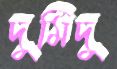
দুমিদু